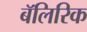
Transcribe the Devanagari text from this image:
बॅलिरिक